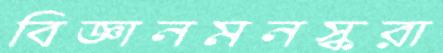
বিজ্ঞানমনস্করা